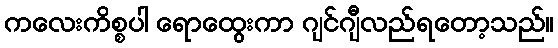
ကလေးကိစ္စပါ ရောထွေးကာ ဂျင်ဂျီလည်ရတော့သည်။